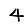
Digit: 4